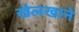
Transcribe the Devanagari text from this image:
खेलखाने